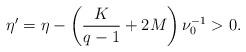
LaTeX: \begin{align*}\eta^\prime=\eta-\left(\frac{K}{q-1}+2M\right)\nu^{-1}_0>0.\end{align*}